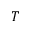
T